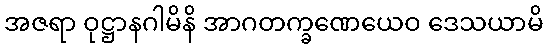
အဇရာ ဝုဋ္ဌာနဂါမိနိ အာဂတက္ခဏေယေဝ ဒေသယာမိ